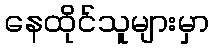
နေထိုင်သူများမှာ